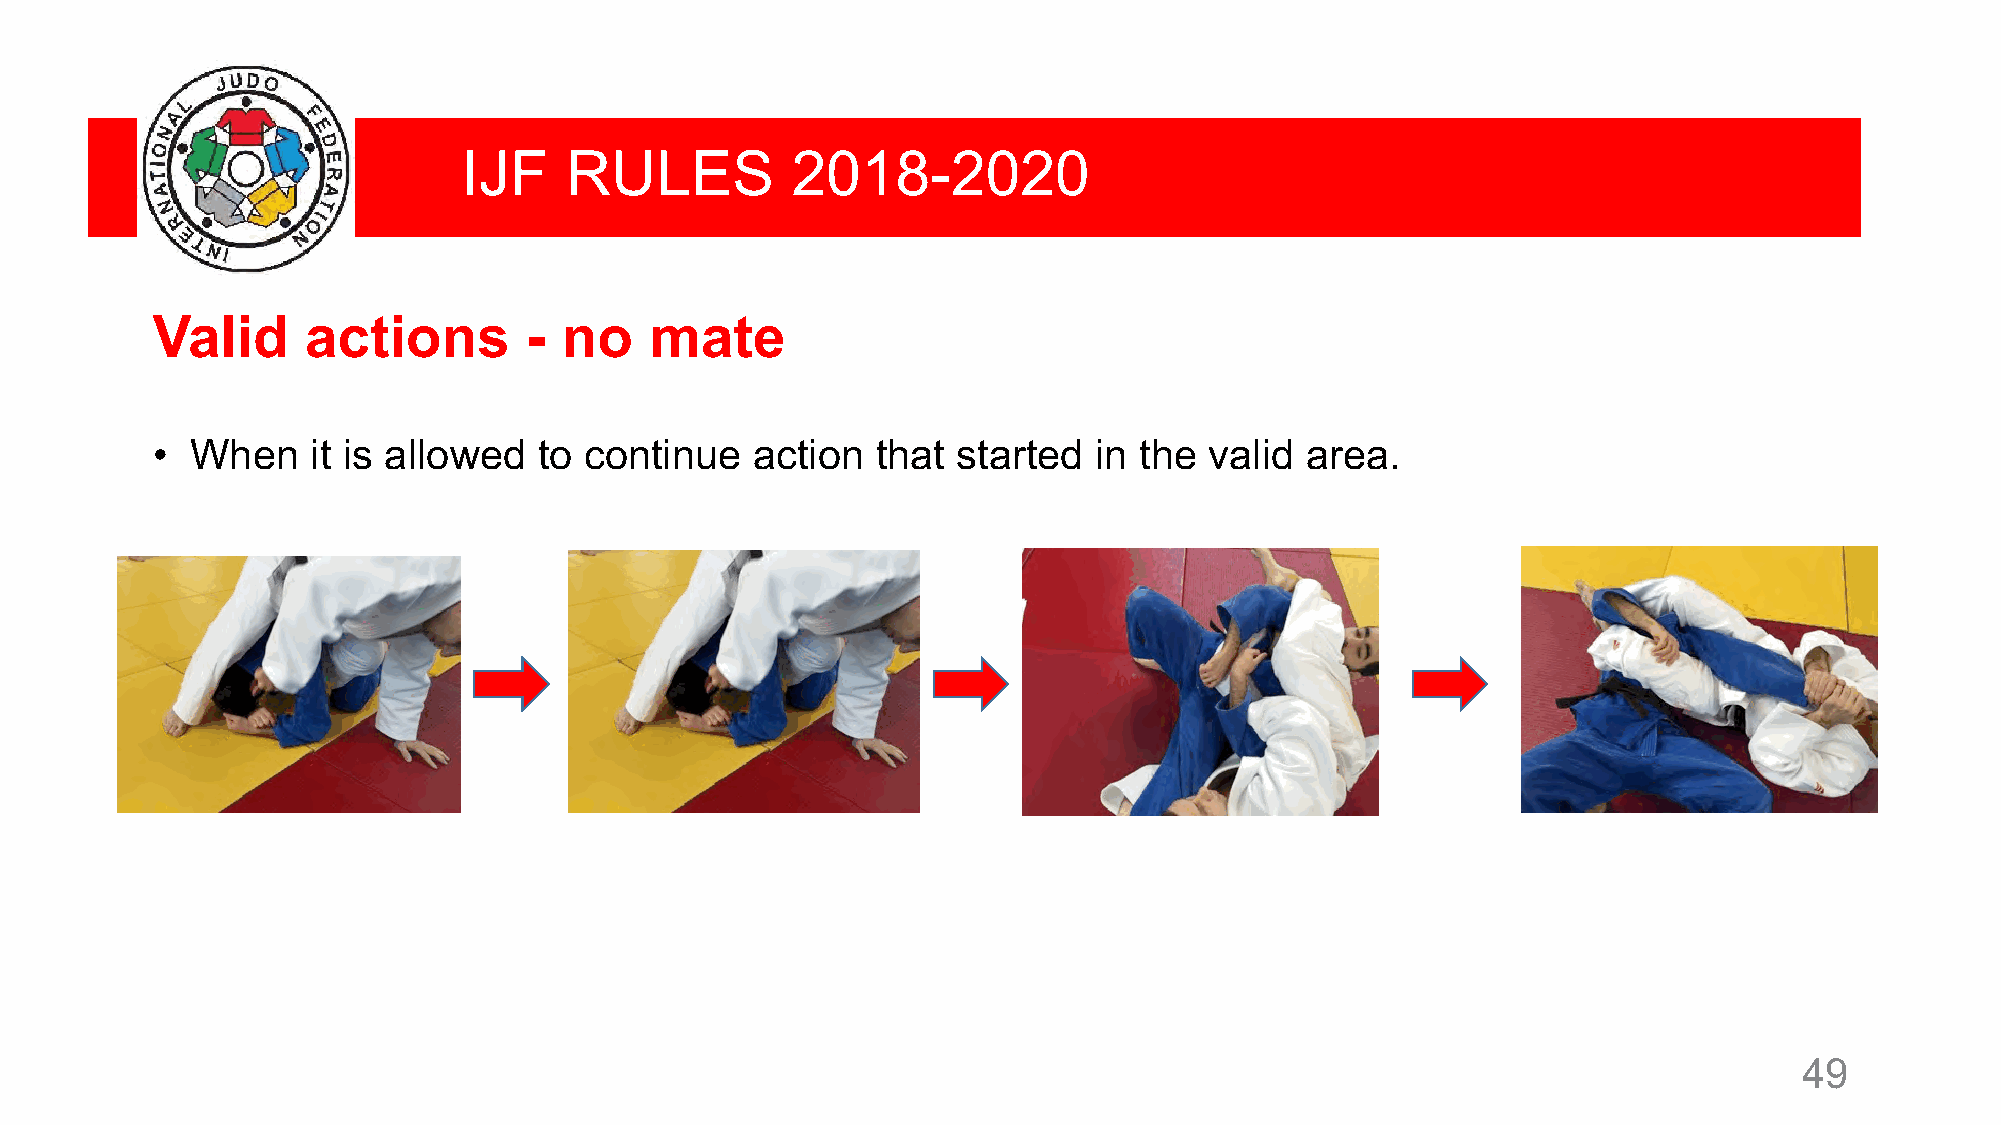
IJF   RULES          2018-2020
 Valid     actions        - no    mate
 •  When    it is allowed  to continue   action  that started  in the  valid area.
 49